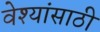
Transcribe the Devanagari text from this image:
वेश्यांसाठी